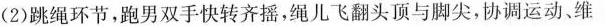
(2)跳绳环节，跑男双手快转齐摇，绳儿飞翻头顶与脚尖，协调运动、维